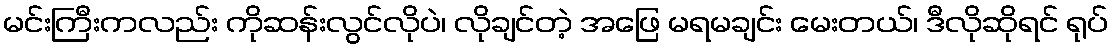
မင်းကြီးကလည်း ကိုဆန်းလွင်လိုပဲ၊ လိုချင်တဲ့ အဖြေ မရမချင်း မေးတယ်၊ ဒီလိုဆိုရင် ရုပ်